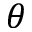
\theta